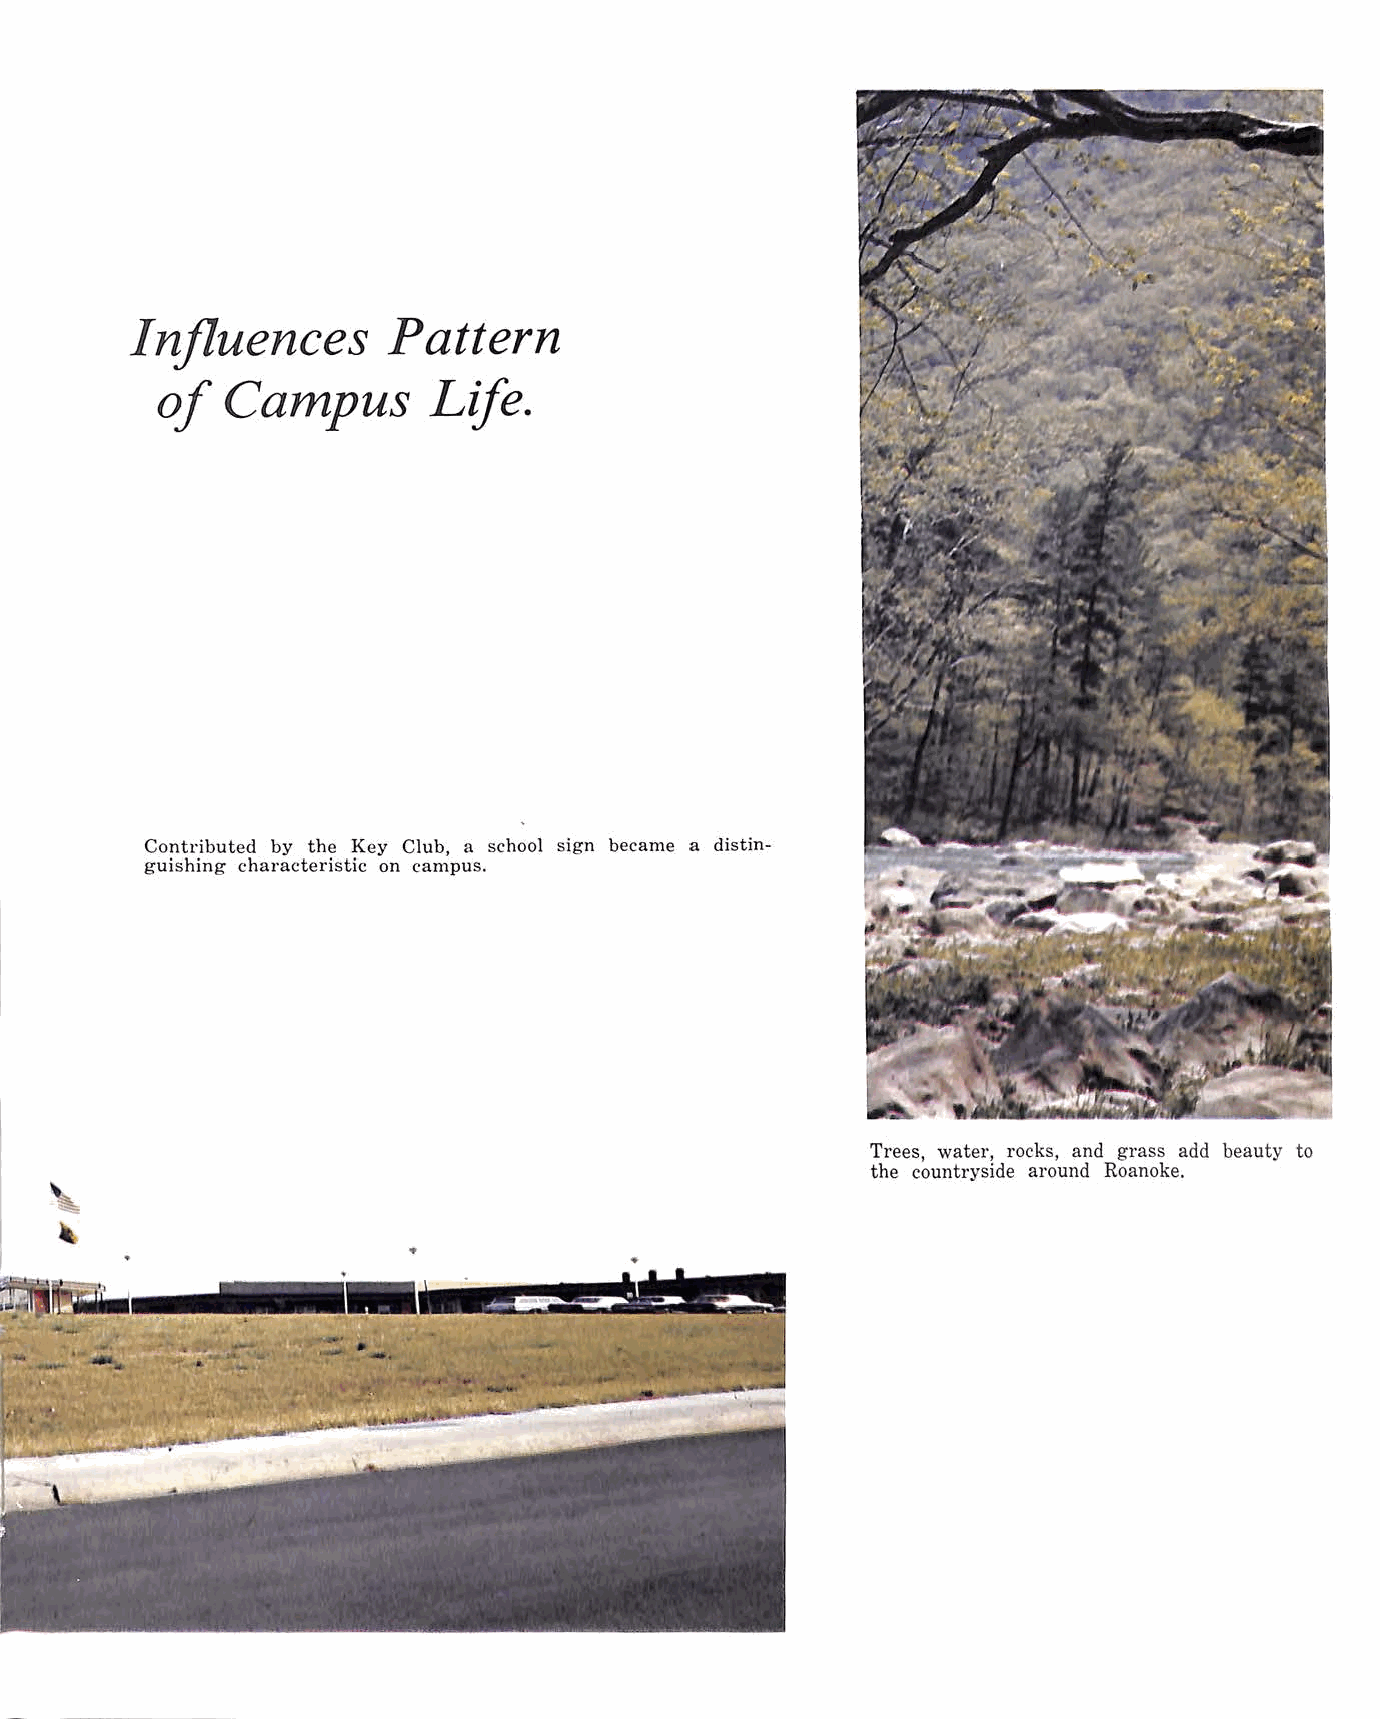
Influences       Pattern
 of   Campus       Life.
 Contributed by the Key Club, a school sign became a distin
 guishing characteristic on campus.
 Trees, water, rocks, and grass add beauty to
 the countryside around Roanoke .
 •